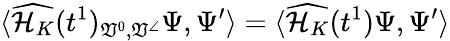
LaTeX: \langle\widehat{\mathcal{H}_{K}}(t^{1})_{\mathfrak{V}^{0},\mathfrak{V}^{\angle}}\Psi,\Psi^{\prime}\rangle=\langle\widehat{\mathcal{H}_{K}}(t^{1})\Psi,\Psi^{\prime}\rangle